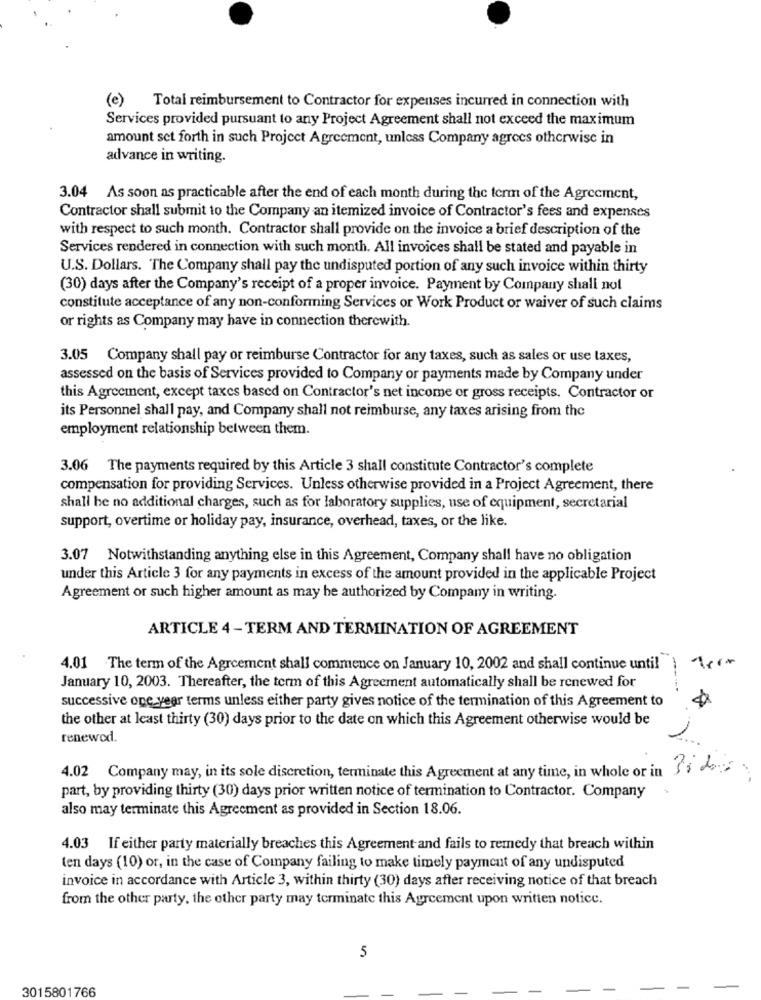
(e) Total reimbursement to Contractor for expenses incurred in connection with
Services provided pursuant to any Project Agreement shall not exceed the maximum
amount set forth in such Project Agreement, unless Company agrees otherwise in
advance in writing.
3.04 As soon as practicable after the end of each month during the term of the Agreement,
Contractor shall submit to the Company an itemized invoice of Contractor's fees and expenses
with respect to such month. Contractor shall provide on the invoice a brief description of the
Services rendered in connection with such month. All invoices shall be stated and payable in
U.S. Dollars. The Company shall pay the undisputed portion of any such invoice within thirty
(30) days after the Company's receipt of a proper invoice. Payment by Company shall not
constitute acceptance of any non-conforming Services or Work Product or waiver of such claims
or rights as Company may have in connection therewith.
3.05 Company shall pay or reimburse Contractor for any taxes, such as sales or use taxes,
assessed on the basis of Services provided to Company or payments made by Company under
this Agreement, except taxes based on Contractor's net income or gross receipts. Contractor or
its Personnel shall pay, and Company shall not reimburse, any taxes arising from the
employment relationship between them.
3.06 The payments required by this Article 3 shall constitute Contractor's complete
compensation for providing Services. Unless otherwise provided in a Project Agreement, there
shall be no additional charges, such as for laboratory supplies, use of equipment, secretarial
support, overtime or holiday pay, insurance, overhead, taxes, or the like.
3.07 Notwithstanding anything else in this Agreement, Company shall have no obligation
under this Article 3 for any payments in excess of the amount provided in the applicable Project
Agreement or such higher amount as may he authorized by Company in writing.
ARTICLE 4 - TERM AND TERMINATION OF AGREEMENT
4.01 The term of the Agreement shall commence on January 10, 2002 and shall continue until
January 10, 2003. Thereafter, the term of this Agreement automatically shall be renewed for
successive one year terms unless either party gives notice of the termination of this Agreement to
the other at least thirty (30) days prior to the date on which this Agreement otherwise would be
renewed.
312.
4.02 Company may, in its sole discretion, terminate this Agreement at any time, in whole or in
part, by providing thirty (30) days prior written notice of termination to Contractor. Company
also may terminate this Agreement as provided in Section 18.06.
4.03 If either party materially breaches this Agreement and fails to remedy that breach within
ten days (10) or, in the case of Company failing to make timely payment of any undisputed
invoice in accordance with Article 3, within thirty (30) days after receiving notice of that breach
from the other party, the other party may terminate this Agreement upon written notice.
5
3015801766